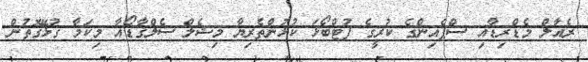
ރެއާލް މެޑްރިޑާއި ސްޕެއިންގެ ކުރީގެ ފުޓްބޯޅަ ކުޅުންތެރިޔާ މިޝެލް ސެލްގާޑޯއާ މިކަމާ ގުޅޭގޮތުން